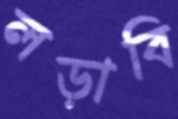
লড়াবি